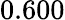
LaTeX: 0.600